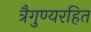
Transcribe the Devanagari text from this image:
त्रैगुण्यरहित